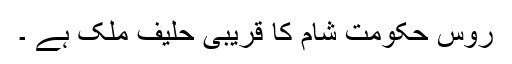
روس حکومت شام کا قریبی حلیف ملک ہے ۔